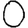
Digit: 0